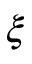
\xi